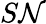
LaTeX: S\mathcal{N}